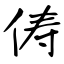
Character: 俦